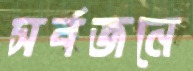
সর্বজনে